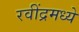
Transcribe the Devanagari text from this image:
रवींद्रमध्ये